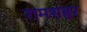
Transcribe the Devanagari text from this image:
रामशहर